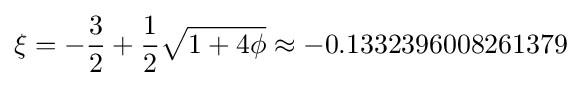
\xi =-{\frac {3}{2}}+{\frac {1}{2}}{\sqrt {1+4\phi }}\approx -0.1332396008261379